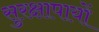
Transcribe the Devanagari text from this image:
सुरक्षापायों